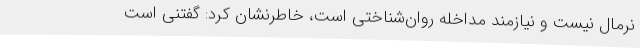
نرمال نیست و نیازمند مداخله روان‌شناختی است، خاطرنشان کرد: گفتنی است